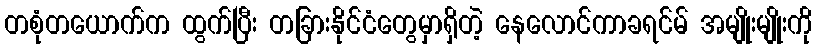
တစုံတယောက်က ထွက်ပြီး တခြားနိုင်ငံတွေမှာရှိတဲ့ နေလောင်ကာခရင်မ် အမျိုးမျိုးကို